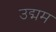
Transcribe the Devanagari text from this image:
उद्मम